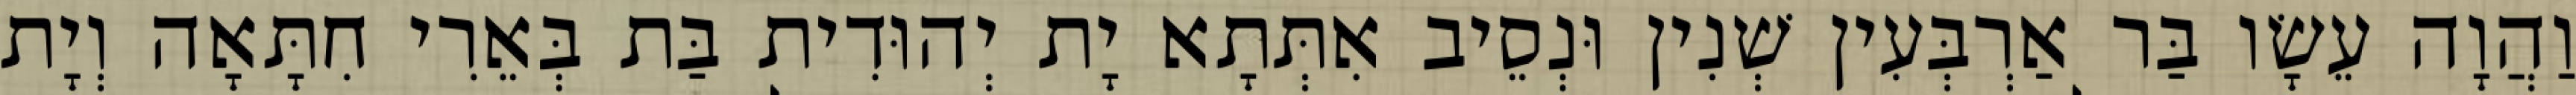
וַהֲוָה עֵשָׂו בַּר אַרְבְּעִין שְׁנִין וּנְסֵיב אִתְּתָא יָת יְהוּדִית בַּת בְּאֵרִי חִתָּאָה וְיָת